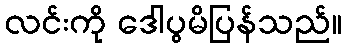
လင်းကို ဒေါပွမိပြန်သည်။